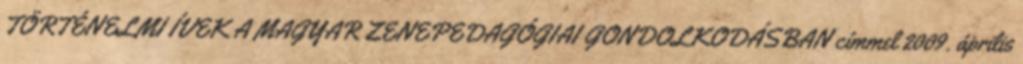
TÖRTÉNELMI ÍVEK A MAGYAR ZENEPEDAGÓGIAI GONDOLKODÁSBAN címmel 2009. április